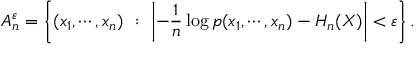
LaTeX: A _ { n } ^ { \varepsilon } = \left\{ ( x _ { 1 } , \cdots , x _ { n } ) \ : \ \left| - { \frac { 1 } { n } } \log p ( x _ { 1 } , \cdots , x _ { n } ) - H _ { n } ( X ) \right| < \varepsilon \right\} .